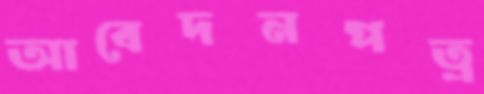
আবেদনপত্র